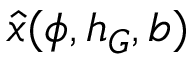
\hat { x } ( \phi , h _ { G } , b )